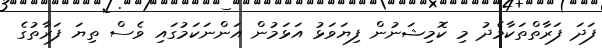
ފަދަ ފަރާތްތަކާމެދު މި ކޮމިޝަނުން ފިޔަވަޅު އަޅަމުން އަންނަކަމުގައި ވެސް ތިޔަ ފަރާތުގެ